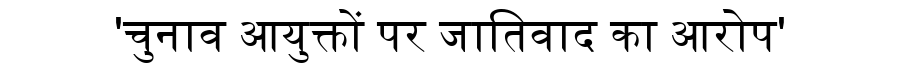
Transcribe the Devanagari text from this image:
'चुनाव आयुक्तों पर जातिवाद का आरोप'